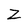
Character: Z